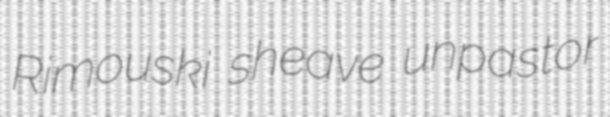
Rimouski sheave unpastor